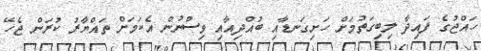
ހައްޖުގެ ފައިދާ ލިބިގަތުމަށް ހަށިގަނޑާއި ބުއްދިއާއި ވިސްނުން އެކަމަށް ތައްޔާރު ކުރަން ޖެހޭ